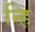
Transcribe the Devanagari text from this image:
न्हि